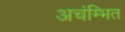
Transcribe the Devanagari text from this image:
अचंम्भित